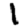
Digit: 1